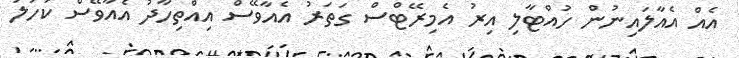
އެއް އެއާލައިނުން ހުއްޓާލި އިރު އެމިރޭޓްސް ގަތަރު އެއާވޭސް އިއްތިހާދު އެއާވޭސް ކަހަލަ